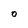
Character: 0